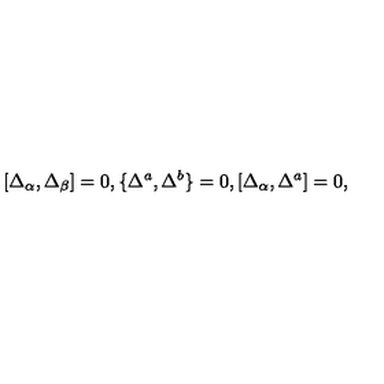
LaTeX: [ \Delta _ { \alpha } , \Delta _ { \beta } ] = 0 , \{ \Delta ^ { a } , \Delta ^ { b } \} = 0 , [ \Delta _ { \alpha } , \Delta ^ { a } ] = 0 ,